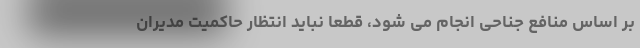
بر اساس منافع جناحی انجام می شود، قطعاً نباید انتظار حاکمیت مدیران